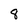
Character: 8